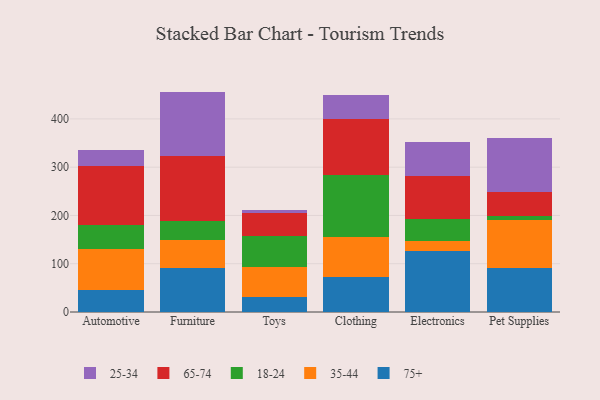
{"axis": {"x": "Category", "y": "Churn Rate (%)"}, "legend": ["18-24", "25-34", "35-44", "65-74", "75+"], "data": [{"x": "Automotive", "y": 45.3, "type": "75+"}, {"x": "Automotive", "y": 84.7, "type": "35-44"}, {"x": "Automotive", "y": 51.2, "type": "18-24"}, {"x": "Automotive", "y": 121.4, "type": "65-74"}, {"x": "Automotive", "y": 32.5, "type": "25-34"}, {"x": "Furniture", "y": 91.5, "type": "75+"}, {"x": "Furniture", "y": 58.4, "type": "35-44"}, {"x": "Furniture", "y": 38.1, "type": "18-24"}, {"x": "Furniture", "y": 134.9, "type": "65-74"}, {"x": "Furniture", "y": 133.7, "type": "25-34"}, {"x": "Toys", "y": 31.0, "type": "75+"}, {"x": "Toys", "y": 62.9, "type": "35-44"}, {"x": "Toys", "y": 63.2, "type": "18-24"}, {"x": "Toys", "y": 47.2, "type": "65-74"}, {"x": "Toys", "y": 6.2, "type": "25-34"}, {"x": "Clothing", "y": 73.2, "type": "75+"}, {"x": "Clothing", "y": 82.6, "type": "35-44"}, {"x": "Clothing", "y": 128.0, "type": "18-24"}, {"x": "Clothing", "y": 117.0, "type": "65-74"}, {"x": "Clothing", "y": 47.8, "type": "25-34"}, {"x": "Electronics", "y": 126.4, "type": "75+"}, {"x": "Electronics", "y": 21.3, "type": "35-44"}, {"x": "Electronics", "y": 45.3, "type": "18-24"}, {"x": "Electronics", "y": 89.0, "type": "65-74"}, {"x": "Electronics", "y": 70.6, "type": "25-34"}, {"x": "Pet Supplies", "y": 91.4, "type": "75+"}, {"x": "Pet Supplies", "y": 99.5, "type": "35-44"}, {"x": "Pet Supplies", "y": 7.6, "type": "18-24"}, {"x": "Pet Supplies", "y": 49.7, "type": "65-74"}, {"x": "Pet Supplies", "y": 112.9, "type": "25-34"}]}